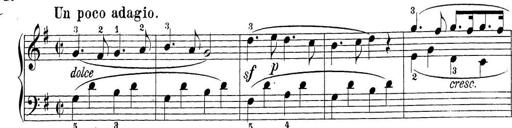
Title: Sonatina Album
Composer: Louis KÃ¶hler